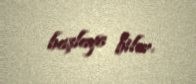
başlaya bilər.